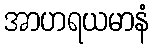
အာဟရယမာနံ